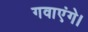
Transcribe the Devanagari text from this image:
गवाएंगे।